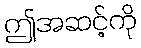
ဤအဆင့်ကို